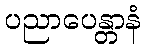
ပညာပေန္တာနံ